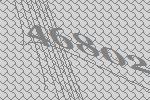
46802